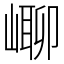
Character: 㟹